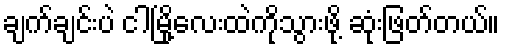
ချက်ချင်းပဲ ငါမြို့လေးထဲကိုသွားဖို့ ဆုံးဖြတ်တယ်။